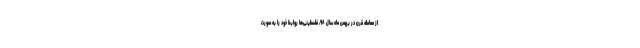
از معامله قرن در بهمن ماه سال ۹۸، فلسطینی‌ها روابط خود را به صورت